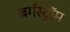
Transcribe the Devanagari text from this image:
बर्गस्ट्रॉम